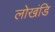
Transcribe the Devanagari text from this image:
लोखंडि